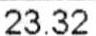
23.32